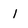
Character: 1